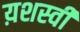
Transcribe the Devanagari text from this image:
य़शस्वी